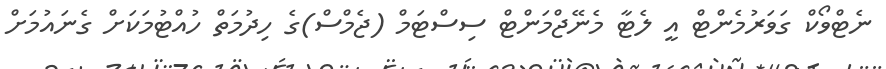
ނެޓްވޯކް ގަވަރުމެންޓް އީ ލެޓާ މެނޭޖްމަންޓް ސިސްޓަމް (ޖެމްސް)ގެ ހިދުމަތް ހުއްޓުމަކަށް ގެނައުމަށް